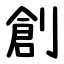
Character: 創